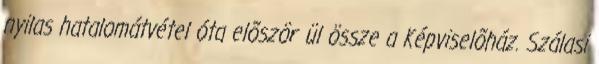
nyilas hatalomátvétel óta elõször ül össze a Képviselõház. Szálasi